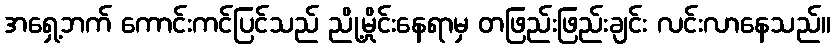
အရှေ့ဘက် ကောင်းကင်ပြင်သည် ညို့မှိုင်းနေရာမှ တဖြည်းဖြည်းချင်း လင်းလာနေသည်။